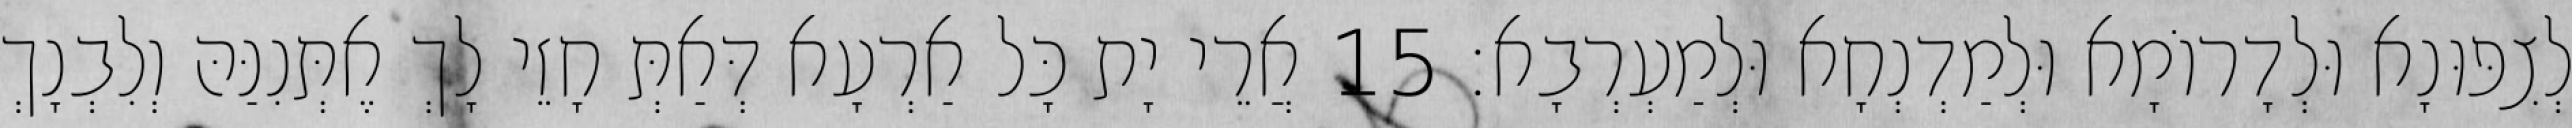
לְצִפּוּנָא וּלְדָרוֹמָא וּלְמַדְנְחָא וּלְמַעְרְבָא׃ 15 אֲרֵי יָת כָּל אַרְעָא דְּאַתְּ חָזֵי לָךְ אֶתְּנִנַּהּ וְלִבְנָךְ